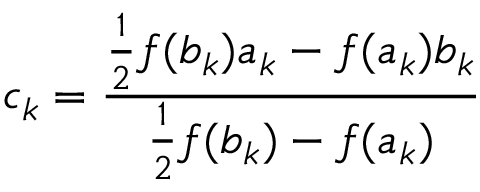
c _ { k } = { \frac { { \frac { 1 } { 2 } } f ( b _ { k } ) a _ { k } - f ( a _ { k } ) b _ { k } } { { \frac { 1 } { 2 } } f ( b _ { k } ) - f ( a _ { k } ) } }